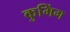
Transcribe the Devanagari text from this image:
कुमिंग